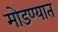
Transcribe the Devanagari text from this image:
मोडण्यात